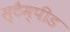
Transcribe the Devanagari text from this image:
स्टैम्पीड